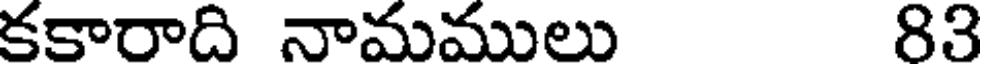
కకారాది నామములు 83